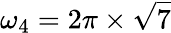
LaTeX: \omega_{4}=2\pi\times\sqrt{7}